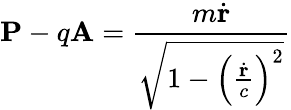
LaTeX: \mathbf{P}-q\mathbf{A}={\frac{m{\dot{\mathbf{r}}}}{\sqrt{1-\left({\frac{\dot{\mathbf{r}}}{c}}\right)^{2}}}}